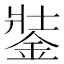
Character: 銺